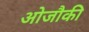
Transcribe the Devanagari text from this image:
ओजौकी